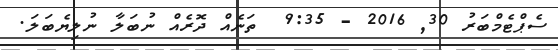
ސެޕްޓެމްބަރު 30